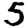
Digit: 5